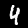
Label: 4